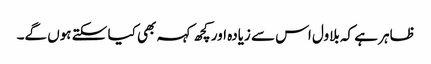
ظاہر ہے کہ بلاول اس سے زیادہ اور کچھ کہہ بھی کیا سکتے ہوں گے۔